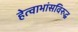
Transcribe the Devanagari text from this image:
हेत्वाभांसविरुद्ध